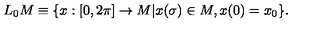
L _ { 0 } M \equiv \{ x : [ 0 , 2 \pi ] \rightarrow M | x ( \sigma ) \in M , x ( 0 ) = x _ { 0 } \} .